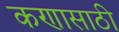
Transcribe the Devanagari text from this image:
कणासाठी